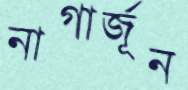
নাগার্জূন